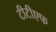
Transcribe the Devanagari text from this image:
टीटीएफ